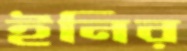
ইনির